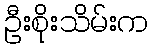
ဦးစိုးသိမ်းက